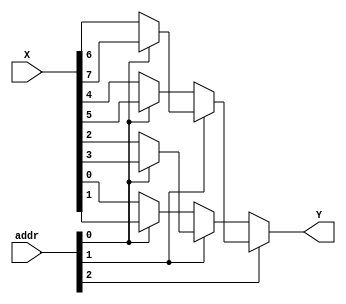
module mux_8_1 (
		input [2:0] addr,
		input [7:0] X,
		output Y
);
assign Y = addr[2] ? (addr[1] ? (addr[0] ? X[7] : X[6]) : (addr[0] ? X[5] : X[4])) : (addr[1] ? (addr[0] ? X[3] : X[2]) : (addr[0] ? X[1] : X[0]));

endmodule